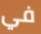
في